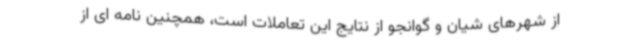
از شهرهای شیان و گوانجو از نتایج این تعاملات است، همچنین نامه ای از